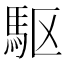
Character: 駆